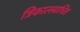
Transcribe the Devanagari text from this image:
त्रिकालबाधित